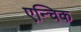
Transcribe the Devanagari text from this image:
एन्चिक